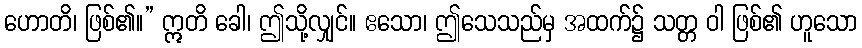
ဟောတိ၊ ဖြစ်၏။” ဣတိ ခေါ၊ ဤသို့လျှင်။ ဧသော၊ ဤသေသည်မှ အထက်၌ သတ္တ ဝါ ဖြစ်၏ ဟူသော